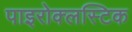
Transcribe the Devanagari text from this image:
पाइरोक्लस्टिक